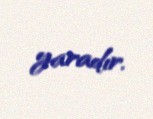
yaradır.